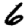
Digit: 6